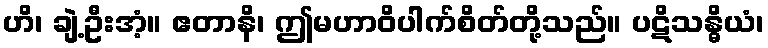
ဟိ၊ ချဲ့ဦးအံ့။ ဧတာနိ၊ ဤမဟာဝိပါက်စိတ်တို့သည်။ ပဋိသန္ဓိယံ၊